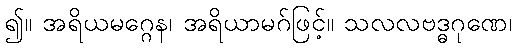
၍။ အရိယမဂ္ဂေန၊ အရိယာမဂ်ဖြင့်။ သလလဗဒ္ဓဂုဏေ၊